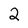
Character: 2